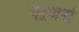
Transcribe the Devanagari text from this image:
फ्ऱथर्स